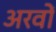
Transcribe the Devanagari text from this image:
अरवों